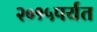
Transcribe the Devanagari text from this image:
२०१५पर्यंत